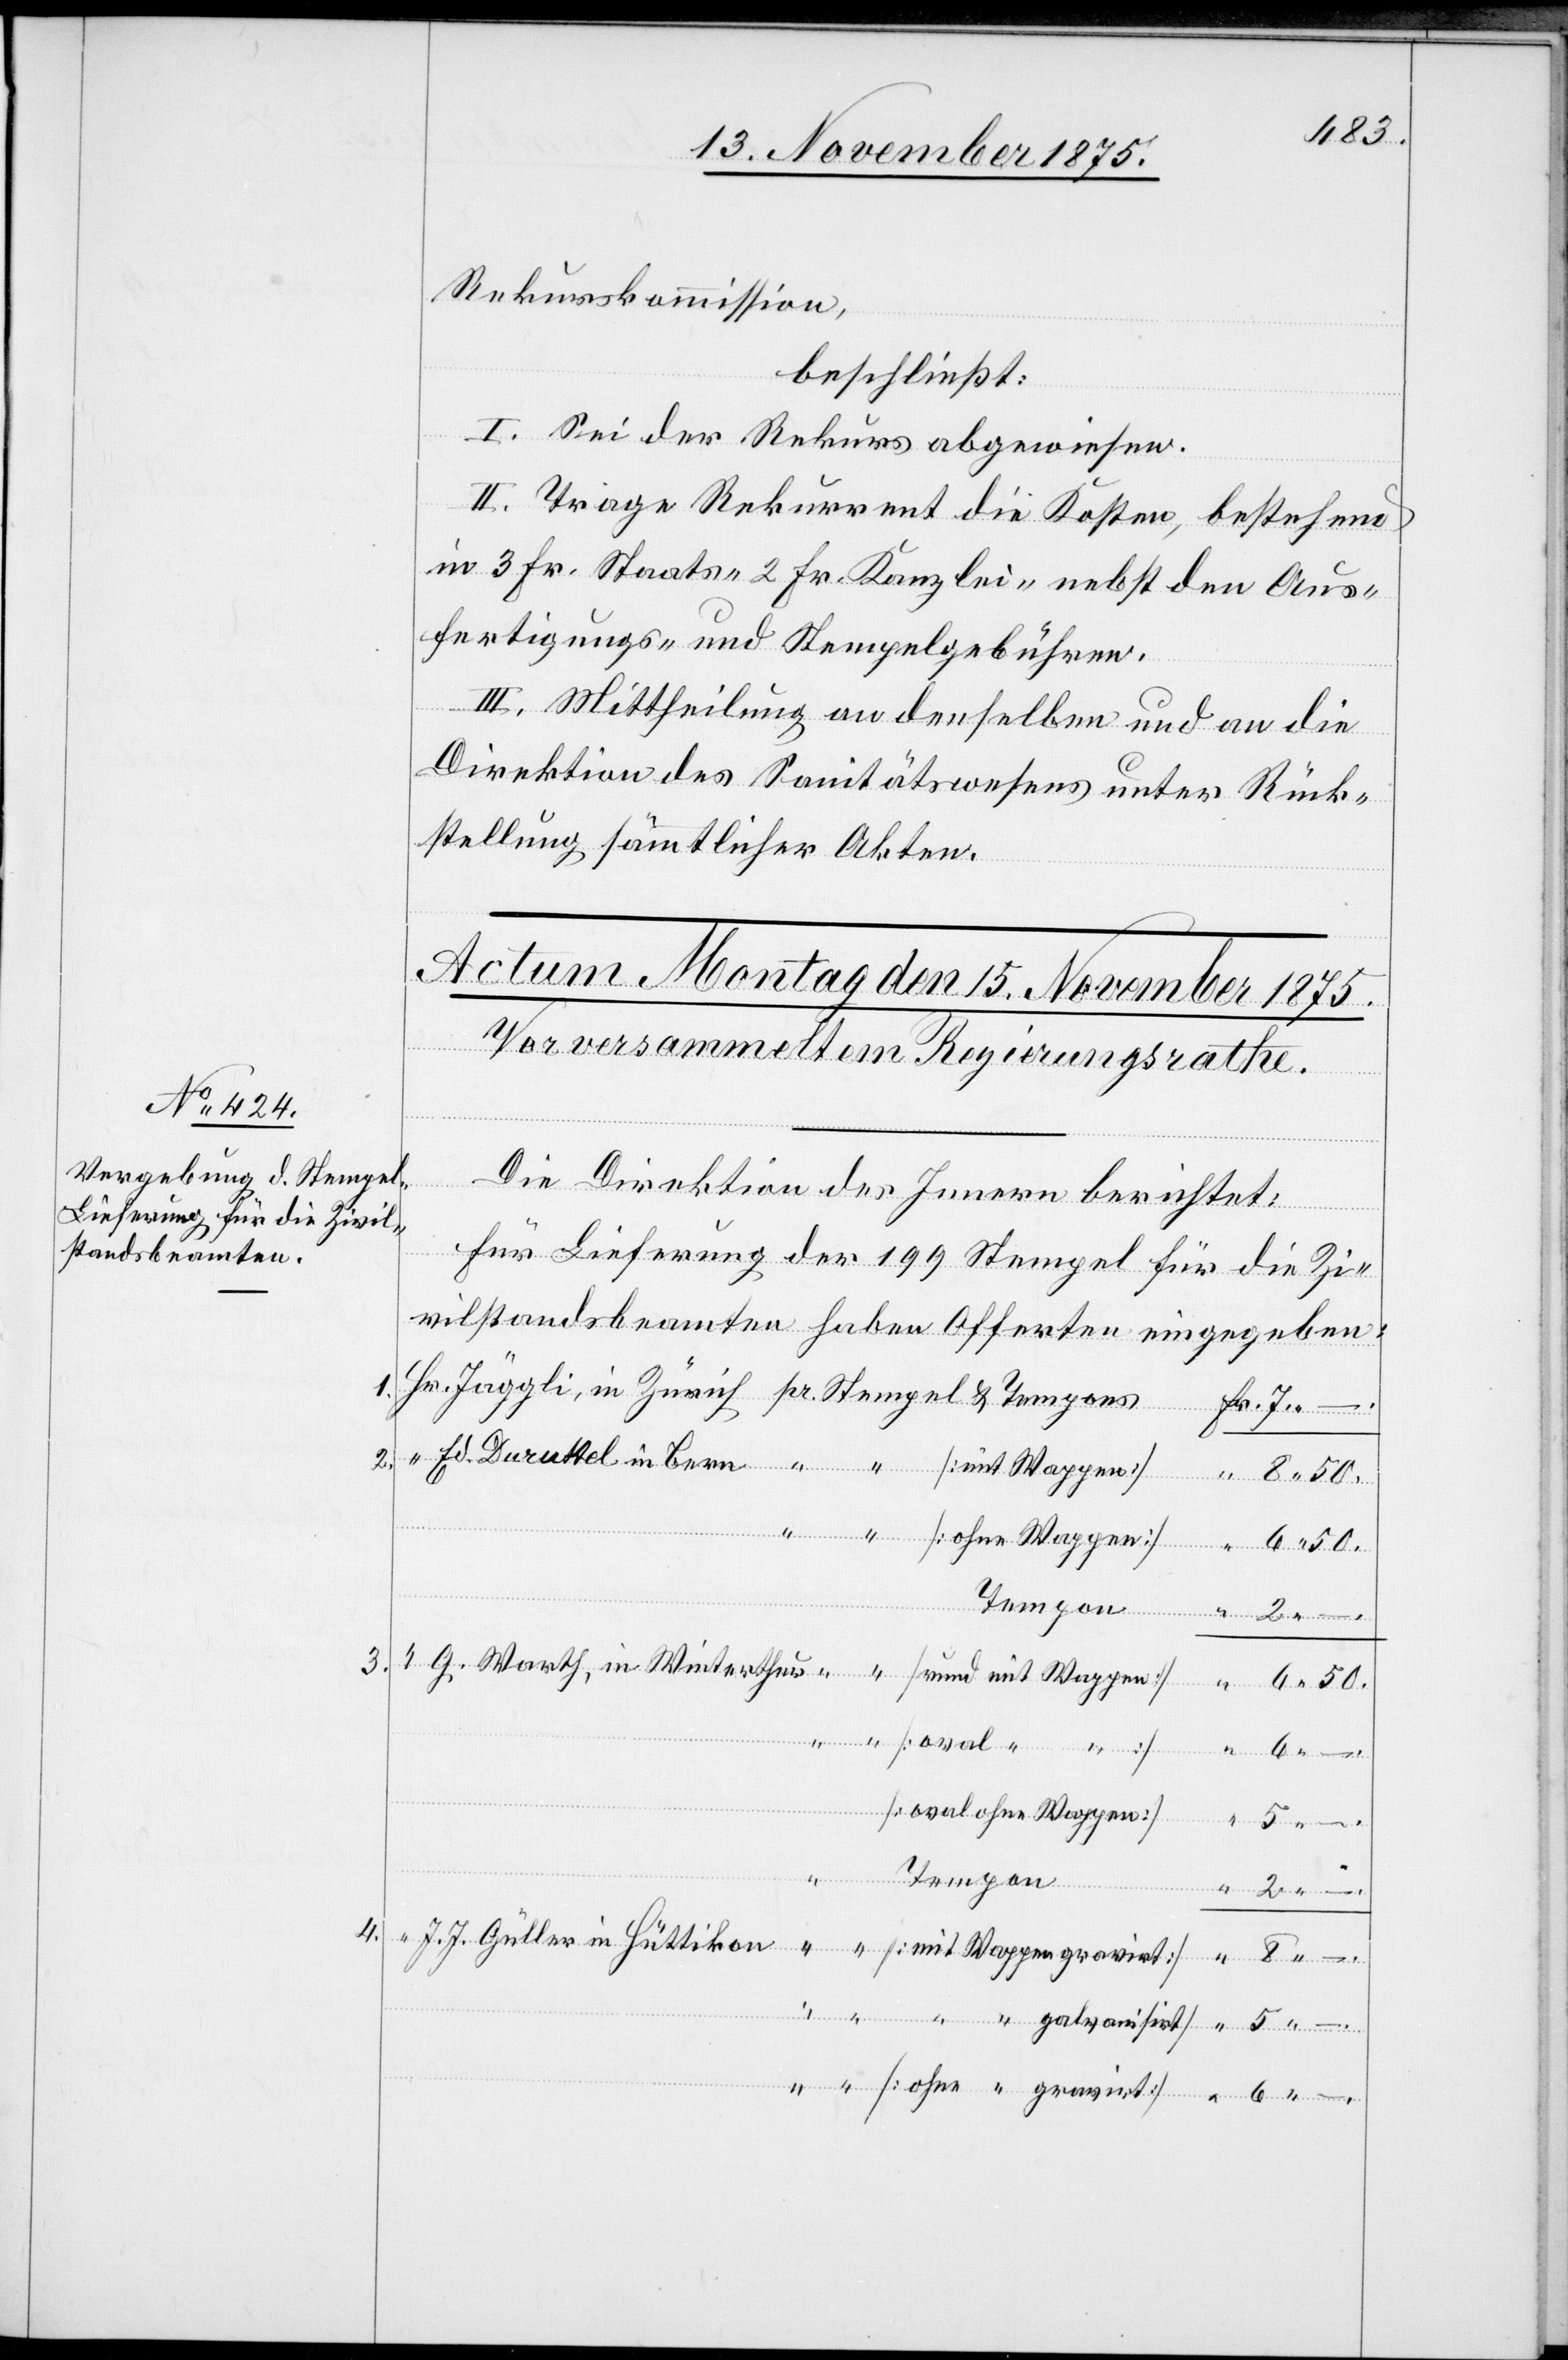
4.

3.

Rekurskommission,
beschließt:
I. Sei der Rekurs abgewiesen.
II. Trage Rekurrent die Kosten, bestehend
in 3 Fr. Staats-[,] 2 Fr. Kanzlei- nebst den Aus¬
fertigungs- und Stempelgebühren.
III. Mittheilung an denselben und an die
Direktion des Sanitätswesens unter Rück¬
stellung sämmtlicher Akten.
[mit
Die Direktion des Innern berichtet:
Für Lieferung der 199 Stempel für die Zi¬
vilstandsbeamten haben Offerten eingegeben:
J. J.
rektion. Duruttel in Bern
6 50.
gravirt]
8
–.
[oval ohne Wappen]
Erziehungsdi¬
Tempon
[ohne “ gravirt]